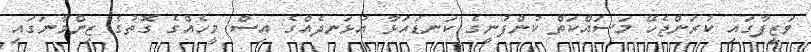
ވަޒީފާގައި ކުރަންޖެހޭ މަސައްކަތް ކުންފުނީގެ ކަނޑައަޅާ އުޅަނދެއްގެ އިސް މީހެއްގެ ގޮތުގެ ޒިންމާނަގައި